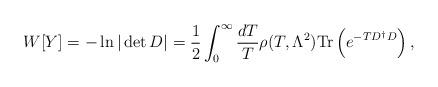
LaTeX: \begin{align*} W[Y]=-\ln |\det D|=\frac{1}{2}\int^\infty_0\frac{dT}{T}\rho (T,\Lambda^2)\mbox{Tr}\left(e^{-TD^\dagger D}\right),\end{align*}